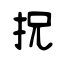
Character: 拀